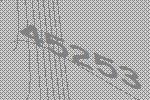
45253